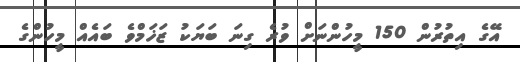
އޭގެ އިތުރުން 150 މީހުންނަށް ވުރެ ގިނަ ބަޔަކު ޒަޚަމްވެ ބައެއް މީހުންގެ